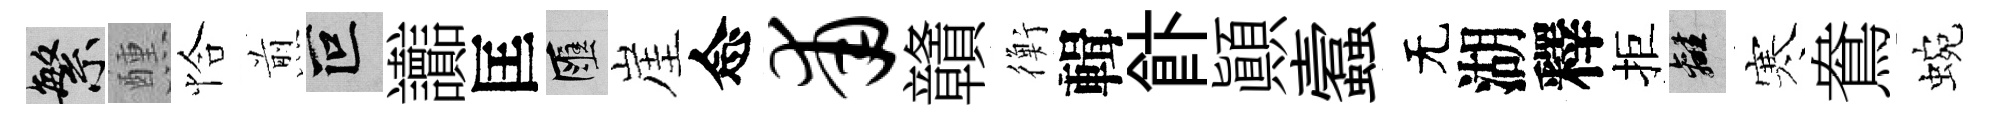
繁醺恰煎叵讟匡匯崖念甫贛衡輯飰顛蠧无湖釋拒離寒鴦蜿